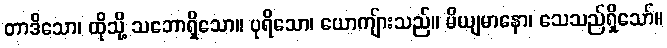
တာဒိသော၊ ထိုသို့ သဘောရှိသော။ ပုရိသော၊ ယောကျ်ားသည်။ မိယျမာနော၊ သေသည်ရှိသော်။